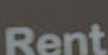
Rent